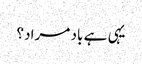
یہی ہے باد مراد؟